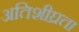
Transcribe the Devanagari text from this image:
अतिशीघ्रता